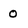
Character: 0